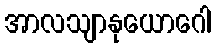
အာလသျာနုယောဂေါ